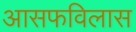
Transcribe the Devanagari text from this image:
आसफविलास